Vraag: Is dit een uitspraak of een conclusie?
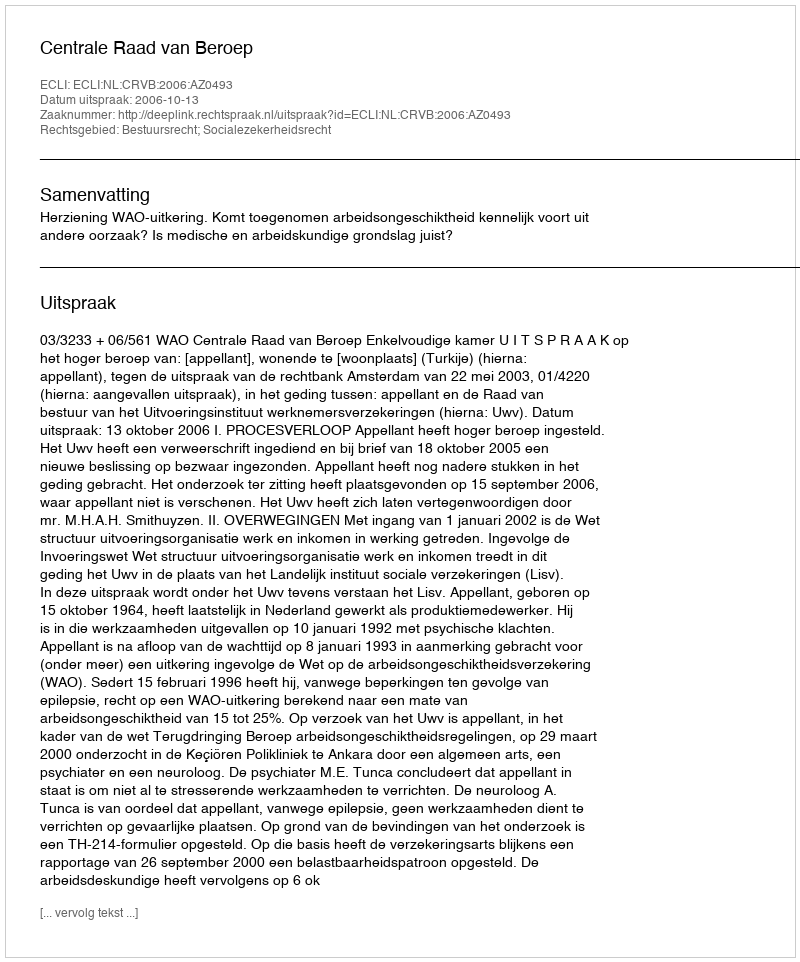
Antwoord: Uitspraak